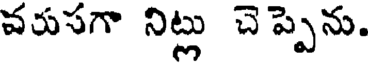
వరుసగా నిట్లు చెప్పెను.